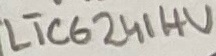
Text: LTC6241HV